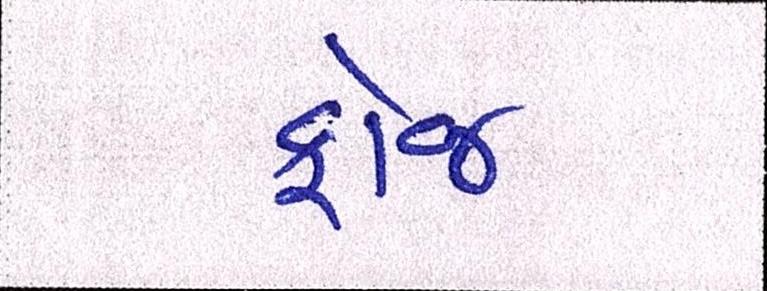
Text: ફોજ